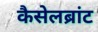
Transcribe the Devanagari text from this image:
कैसेलब्रांट